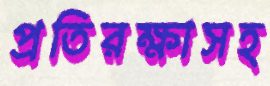
প্রতিরক্ষাসহ